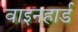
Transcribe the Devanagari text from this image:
वाइनहार्ड